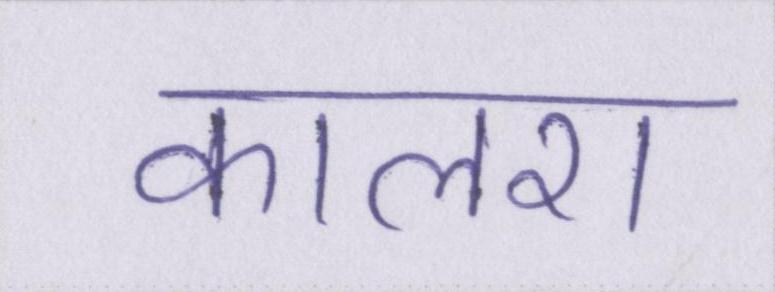
कालरा